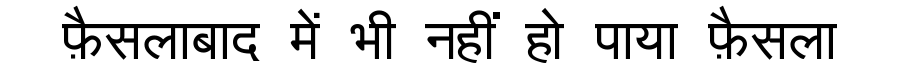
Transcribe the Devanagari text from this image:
फ़ैसलाबाद में भी नहीं हो पाया फ़ैसला